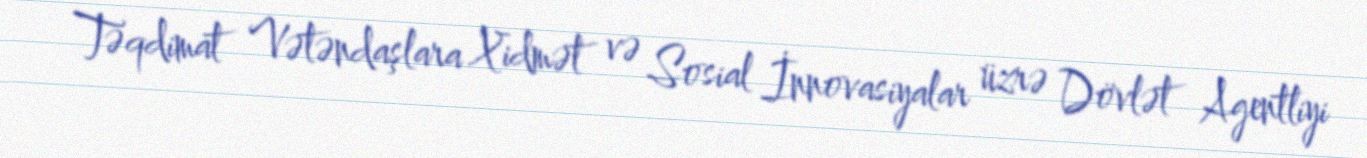
Təqdimat Vətəndaşlara Xidmət və Sosial İnnovasiyalar üzrə Dövlət Agentliyi